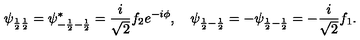
\psi _ { \frac { 1 } { 2 } \frac { 1 } { 2 } } = \psi _ { - \frac { 1 } { 2 } - \frac { 1 } { 2 } } ^ { * } = \frac { i } { \sqrt { 2 } } f _ { 2 } e ^ { - i \phi } , \quad \psi _ { \frac { 1 } { 2 } - \frac { 1 } { 2 } } = - \psi _ { \frac { 1 } { 2 } - \frac { 1 } { 2 } } = - \frac { i } { \sqrt { 2 } } f _ { 1 } .